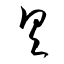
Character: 具